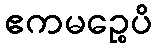
ဧကမဉ္စေပိ